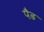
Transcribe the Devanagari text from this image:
पैढ